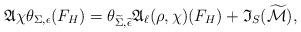
LaTeX: \begin{align*} \mathfrak{A} \chi \theta_{\Sigma, \epsilon} (F_H) = \theta_{\widetilde{\Sigma}, \widetilde{\epsilon}} \mathfrak{A}_{\ell} (\rho, \chi) (F_H) + \mathfrak{I}_S(\widetilde{\mathcal{M}}), \end{align*}